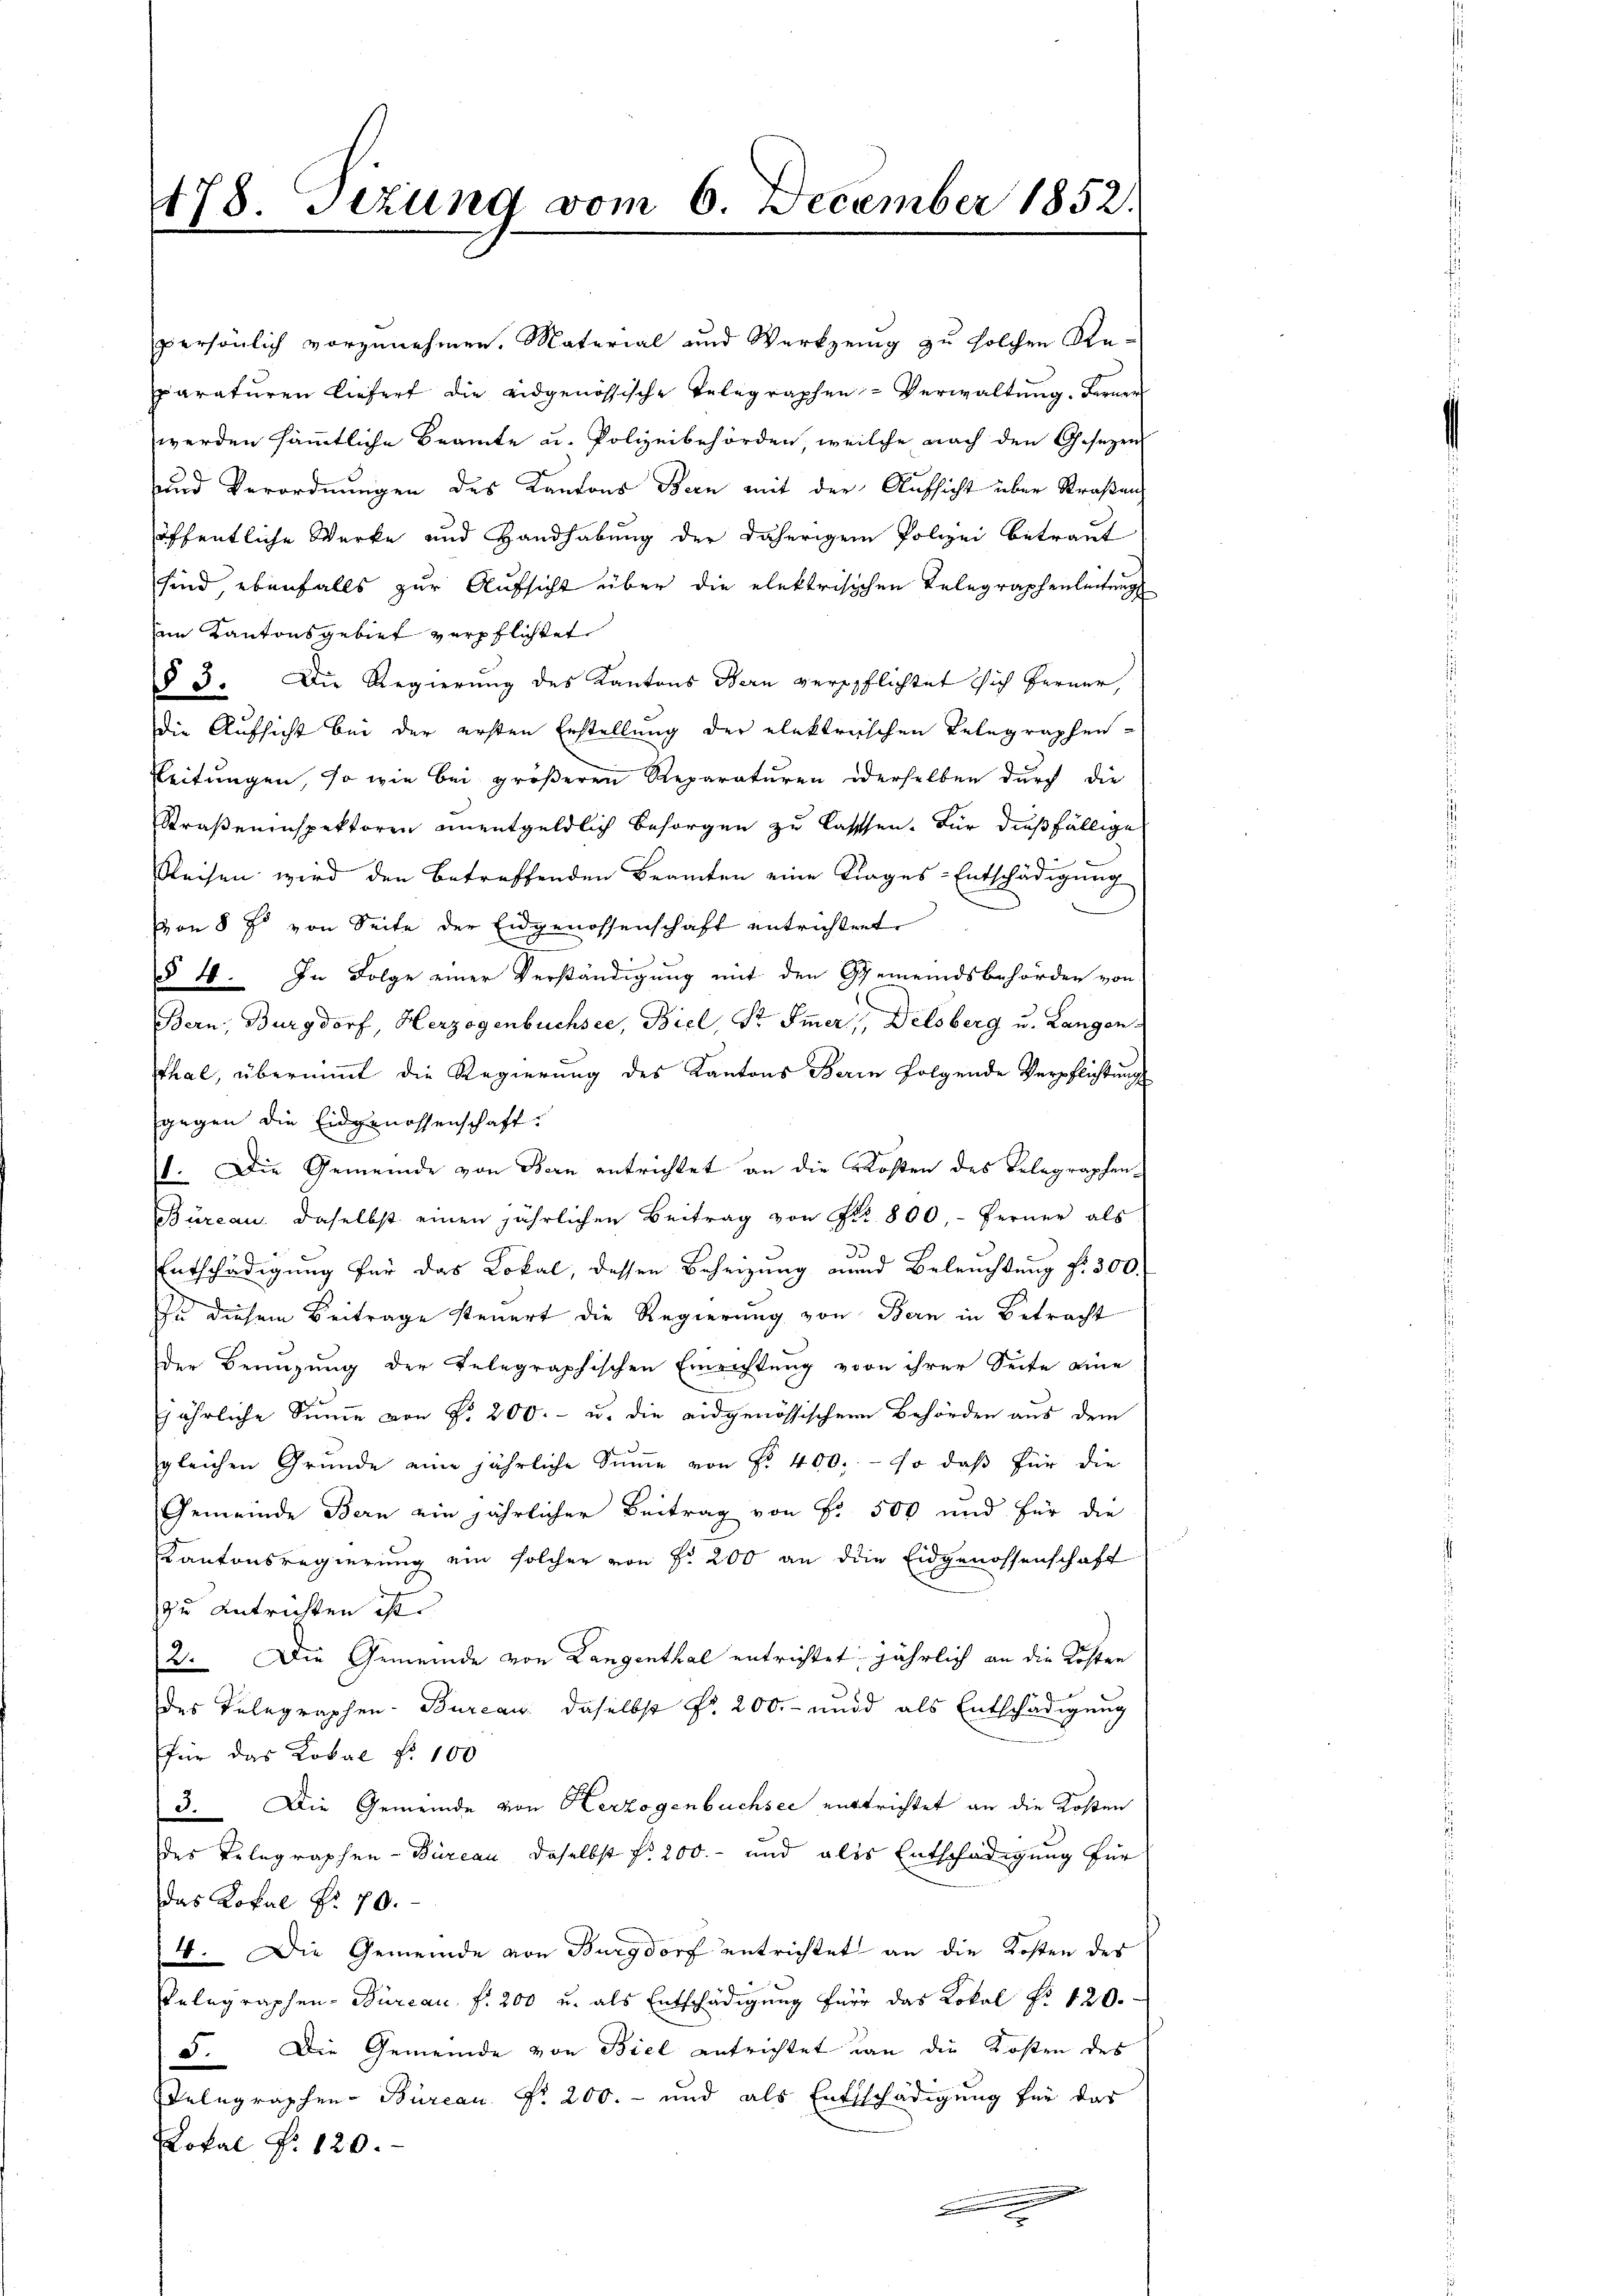
178. Sezung vom 6. December 1852.
e

persönlich vorzunehmen. Material und Werkzeug zu solchen Reparaturen liefert die eidgenössische Telegraphen- Verwaltung. Ferner
werden sämmtliche Beamte u. Polizeibehörden, weilche nach den Gesezen
und Verordnungen des Kantons Bern mit der Aufsicht über Straßen
öffentliche Werke und Handhabung der daherigem Polizei betraut
sind, ebenfalls zur Aufsicht über die elektrischen Telegraphenleitungs
im Kantonsgebiet verpflichtet
§ 3. Die Regierung des Kantons Bern verpflichtet sich ferner,
Die Aufsicht bei der ersten Erstellung der elektrischen Telegraphen-
Leitungen, so wie bei größeren Reparaturen oderselben durch die
Straßeninspektoren unentgeldlich besorgen zu lassen. Für dießfällige
Reisen wird den betreffenden Beamten eine Krages-Entschädigung
von 8 f. von Seite der Eidgenossenschaft entrichtent.
§ 4. In Folge einer Verständigung mit den Gemeindsbehörden von
Bern, Burgdorf, Herzogenbüchsee, Biel, Dr. Immer Delsberg u. Langen.
thal, übernimmt die Regierung des Kantons Berin folgende Verpflichtung
gegen die Eidgenossenschaft.
1. Die Gemeinde von Bern entrichtet an die Kosten des Telegraphen-
Büreau. daselbst einen jährlichen Beitrag von Fr. 800.- ferner als
Entschädigung für das Lokal, dessen Beheizung und Beleuchtung f. 300.
In diesem Beitrage steuert die Regierung von Bern in Betracht
der Beringŭng der telegraphischen Einrichtŭng von ihrer Seite eine
jährliche Sinne von P. 200.- u. die eidgenössischen Behörden aus dem
gleichen Gründe eine jährliche Sŭṁe von Nr. 400. - so daß für die
Gemeinde Bern ein jährlicher Beitrag von Fr. 500 und für die
Kantonsregierung ein solcher von § 200 an die Eidgenossenschaft
zu Antrichten ist.
2. Die Gemeinde von Langenthal entrichtet, jährlich an die Kosten
des Telegraphen-Bureau daselbst No. 200.- und als Entschädigung
.
für das Koval Nr. 100
3. Die Gemeinde von Herzogenbuchsee entrichtet an die Kosten
Der Relegraphen-Büreau daselbst f. 200.- und als Entschädigung für
das Lokal Nr. 70.
4. Die Gemeinde von Burgdorf entrichtet an die Kosten des
Pelegraphen-Bureau f. 200 u. als Entschädigung für das Lokal N: 120.
5. Die Gemeinde von Biel aufrichtet an die Kosten des
Delegraphen-Büreau Fr. 200.- und als Entschädigung für das
Lokal Nr. 120.
n